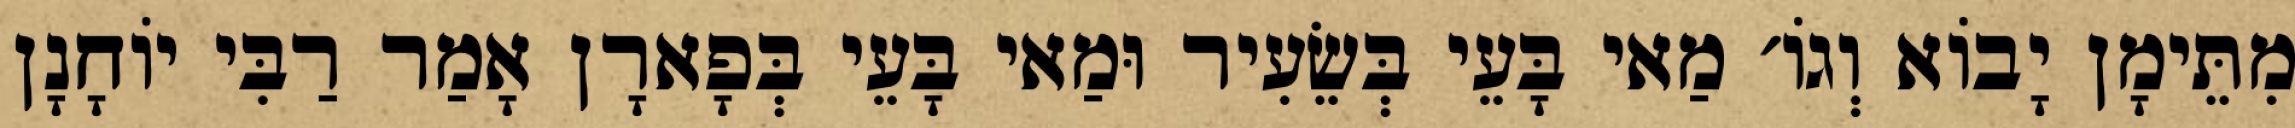
מִתֵּימָן יָבוֹא וְגוֹ׳ מַאי בָּעֵי בְּשֵׂעִיר וּמַאי בָּעֵי בְּפָארָן אָמַר רַבִּי יוֹחָנָן